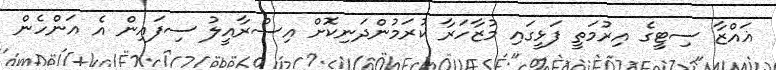
ޣައްޒާ ސިޓީގެ އިރުމަތީ ފަޅީގައި މުޒާހަރާ ކުރަމުންދަނިކޮށް އިސްރާއީލު ސިފައިން އެ އަންހެން